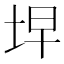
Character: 𭎓